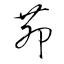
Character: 茆